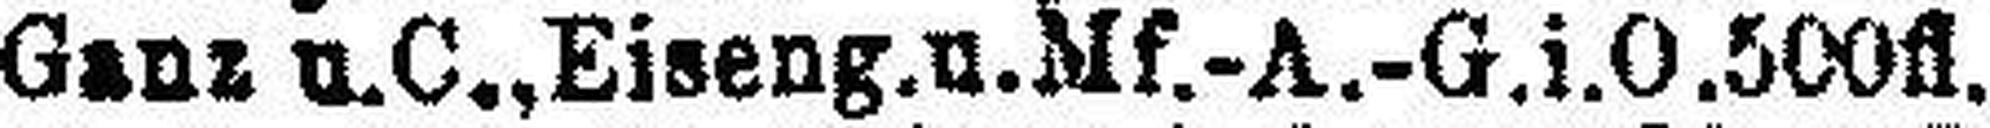
Ganz u. C., Eiseng. u. Mf.-A.-G.i.O. 500fl.